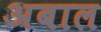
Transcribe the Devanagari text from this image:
अबाल